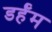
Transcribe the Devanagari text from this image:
डर्हॅम